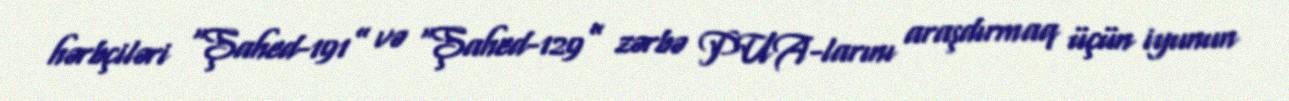
hərbçiləri “Şahed-191” və “Şahed-129” zərbə PUA-larını araşdırmaq üçün iyunun